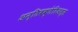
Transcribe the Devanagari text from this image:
अन्तिबक्तेरिअल्स